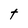
Character: t